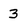
Character: 3